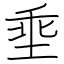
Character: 埀